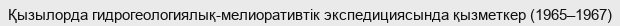
Қызылорда гидрогеологиялық-мелиоративтiк экспедициясында қызметкер (1965–1967)